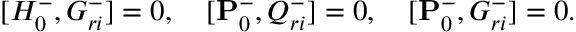
\lbrack { H _ { 0 } ^ { - } , G _ { r i } ^ { - } } \rbrack = 0 , \quad \lbrack { { \bf P } _ { 0 } ^ { - } , Q _ { r i } ^ { - } } \rbrack = 0 , \quad \lbrack { { \bf P } _ { 0 } ^ { - } , G _ { r i } ^ { - } } \rbrack = 0 .